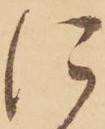
に